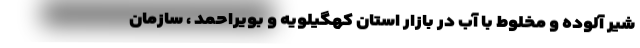
شیر آلوده و مخلوط با آب در بازار استان کهگیلویه و بویراحمد ، سازمان